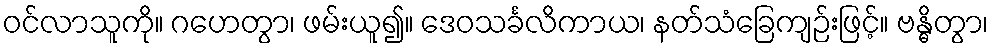
ဝင်လာသူကို။ ဂဟေတွာ၊ ဖမ်းယူ၍။ ဒေဝသင်္ခလိကာယ၊ နတ်သံခြေကျဉ်းဖြင့်။ ဗန္ဓိတွာ၊